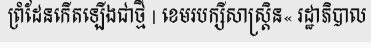
ព្រំដែនកើតឡើងជាថ្មី | ខេមរបក្សីសាស្ត្រិន« រដ្ឋាភិបាល